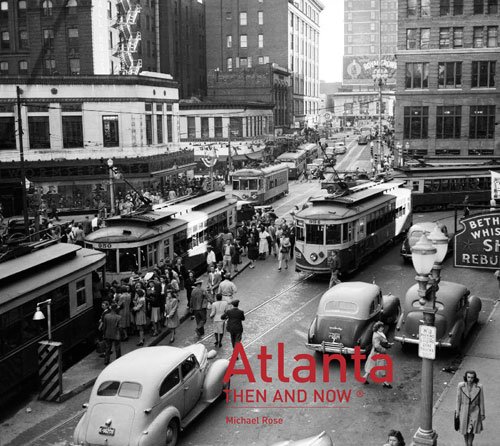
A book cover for Atlanta: Then and NowÂ®; Michael Rose; Arts & Photography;